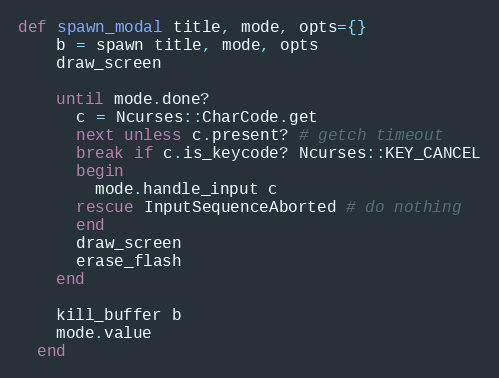
Language: Ruby
def spawn_modal title, mode, opts={}
    b = spawn title, mode, opts
    draw_screen

    until mode.done?
      c = Ncurses::CharCode.get
      next unless c.present? # getch timeout
      break if c.is_keycode? Ncurses::KEY_CANCEL
      begin
        mode.handle_input c
      rescue InputSequenceAborted # do nothing
      end
      draw_screen
      erase_flash
    end

    kill_buffer b
    mode.value
  end